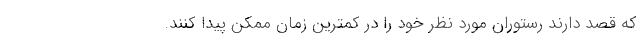
که قصد دارند رستوران مورد نظر خود را در کمترین زمان ممکن پیدا کنند.